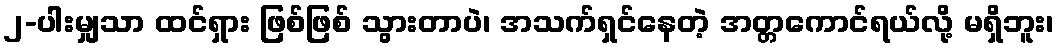
၂-ပါးမျှသာ ထင်ရှား ဖြစ်ဖြစ် သွားတာပဲ၊ အသက်ရှင်နေတဲ့ အတ္တကောင်ရယ်လို့ မရှိဘူး၊